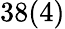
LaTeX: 38(4)